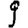
Digit: 9